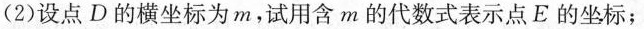
(2)设点D的横坐标为m，试用含m的代数式表示点E的坐标；